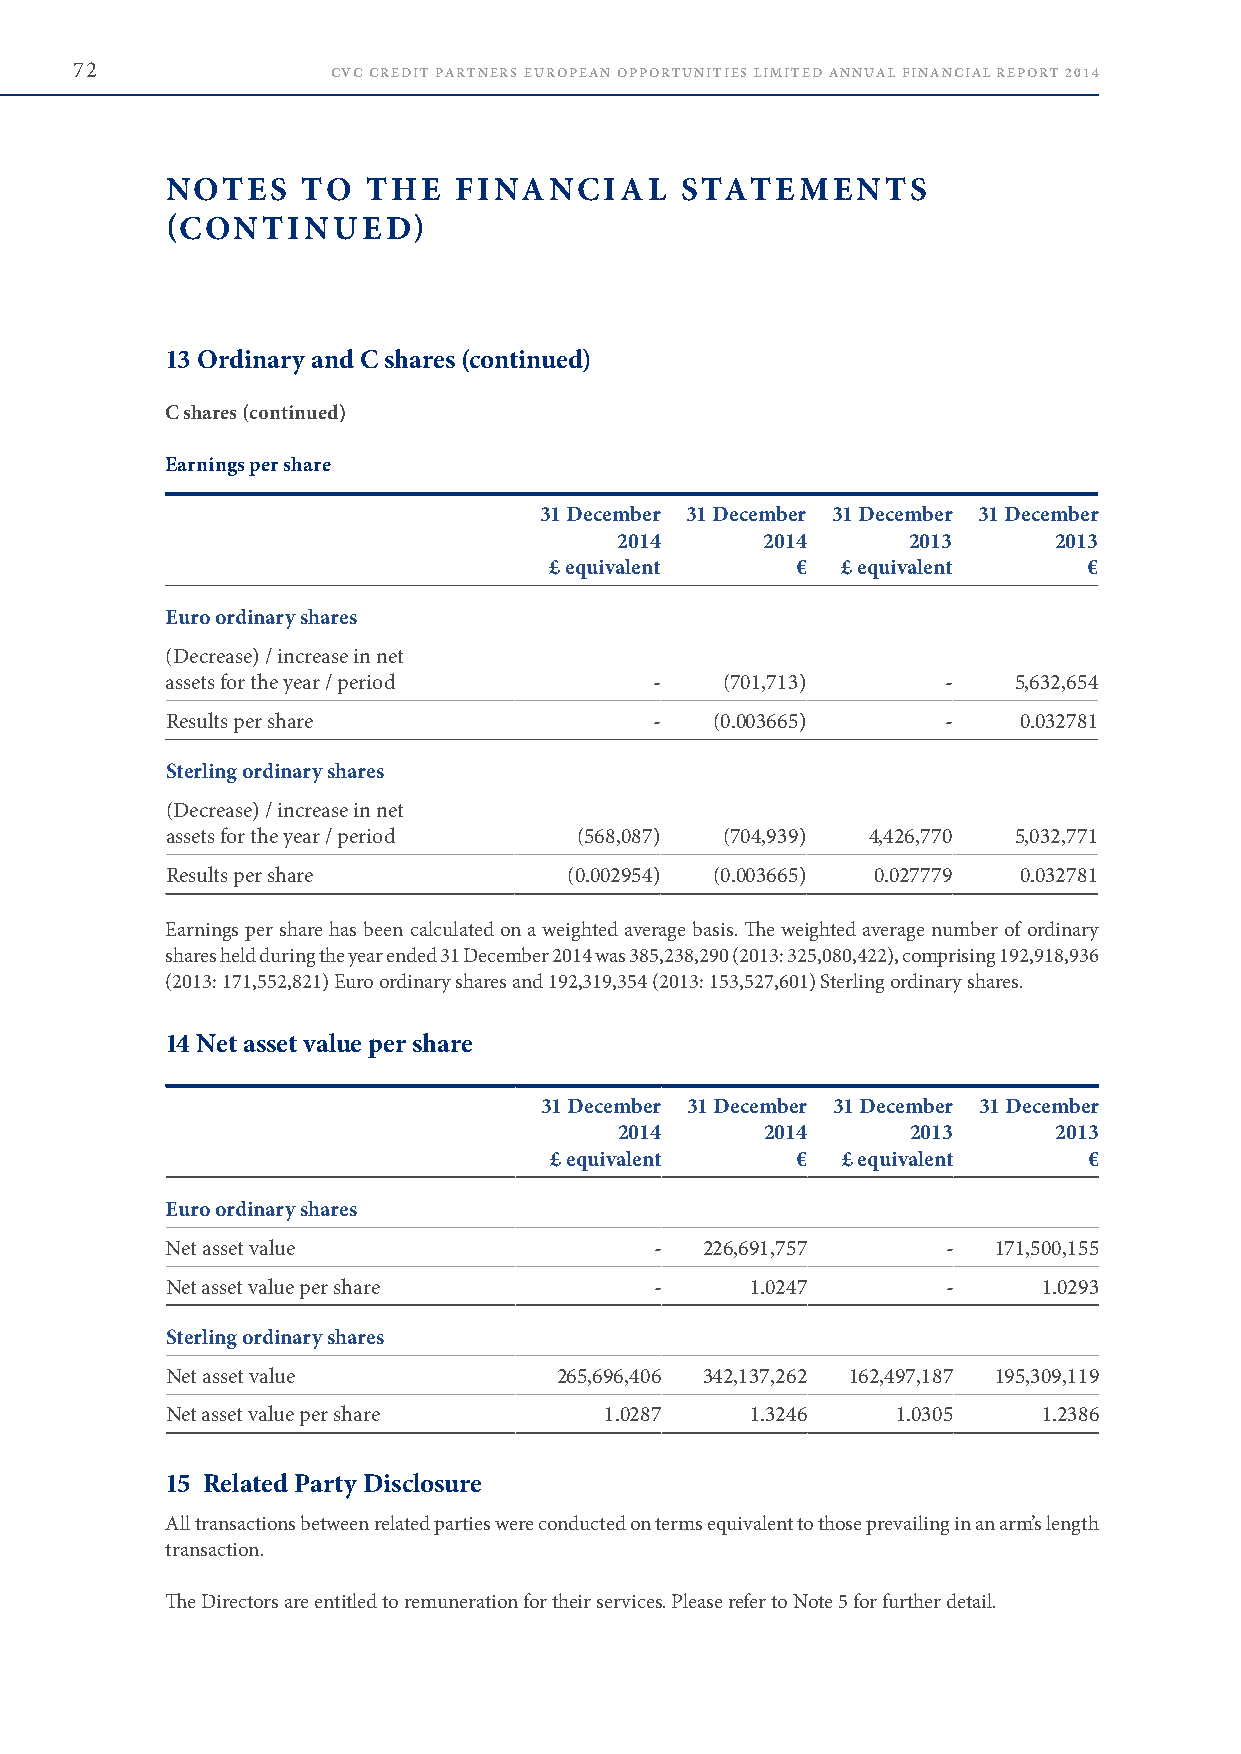
72               CVC CREDIT PARTNERS EUROPEAN OPPORTUNITIES LIMITED ANNUAL FINANCIAL REPORT 2014
 NOTES    TO  THE   FINANCIAL      STATEMENTS
 (CONTINUED)
 13 Ordinary and C shares (continued)
 C shares (continued)
 Earnings per share
 31 December 31 December 31 December 31 December
 2014     2014      2013      2013
 £ equivalent     €  £ equivalent    €
 Euro ordinary shares
 (Decrease) / increase in net
 assets for the year / period    -    (701,713)     -    5,632,654
 Results per share               -   (0 .003665)     -   0 .032781
 Sterling ordinary shares
 (Decrease) / increase in net
 assets for the year / period (568,087) (704,939) 4,426,770 5,032,771
 Results per share          (0 .002954) (0 .003665) 0 .027779 0 .032781
 Earnings per share has been calculated on a weighted average basis . The weighted average number of ordinary
 shares held during the year ended 31 December 2014 was 385,238,290 (2013: 325,080,422), comprising 192,918,936
 (2013: 171,552,821) Euro ordinary shares and 192,319,354 (2013: 153,527,601) Sterling ordinary shares .
 14 Net asset value per share
 31 December 31 December 31 December 31 December
 2014      2014     2013      2013
 £ equivalent     €  £ equivalent    €
 Euro ordinary shares
 Net asset value                 -   226,691,757     -  171,500,155
 Net asset value per share       -      1 .0247      -     1 .0293
 Sterling ordinary shares
 Net asset value           265,696,406 342,137,262 162,497,187 195,309,119
 Net asset value per share    1 .0287   1 .3246  1 .0305   1 .2386
 15 Related Party Disclosure
 All transactions between related parties were conducted on terms equivalent to those prevailing in an arm’s length
 transaction .
 The Directors are entitled to remuneration for their services . Please refer to Note 5 for further detail .